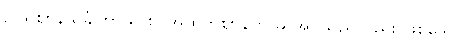
ဥပရိဈာနသင်္ခါတာယ စ၊ အထက်ဈာန်ဟု ဆိုအပ်သည်လည်း ဖြစ်သော။